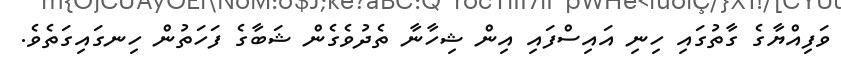
ވަފިއްޔާގެ ގާތުގައި ހިނި އައިސްފައި އިން ޝިހާނާ ތެދުވެގެން ޝަބާގެ ފަހަތުން ހިނގައިގަތެވެ.